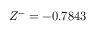
Z ^ { - } = - 0 . 7 8 4 3